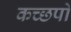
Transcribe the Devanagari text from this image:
कच्छपों